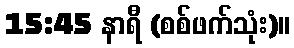
15:45 နာရီ (စစ်ဖက်သုံး)။